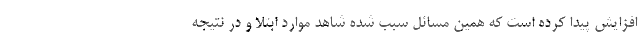
افزایش پیدا کرده است که همین مسائل سبب شده شاهد موارد ابتلا و در نتیجه